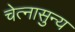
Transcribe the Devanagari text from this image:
चेत्नासुन्य